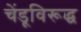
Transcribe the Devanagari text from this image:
चेंडूविरूद्ध